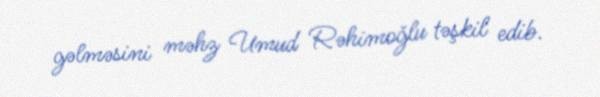
gəlməsini məhz Umud Rəhimoğlu təşkil edib.